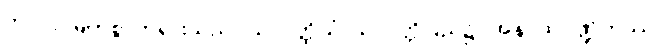
ဘဂဝါ၊ မြတ်စွာဘုရားသည်။ သာဝတ္ထိယံ၊ သာဝတ္တိပြည်၌။ အနာထပိဏ္ဍိကဿ၊